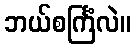
ဘယ်စင်္ကြံလဲ။